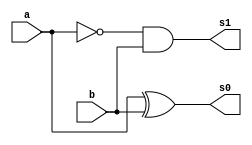
// ---------------------
// Guia 04 Ex 3 - Diferenca completa
// Nome: Alvaro Henrique
// ---------------------

// ---------------------
// --Half Substractor
// ---------------------

module meiadiferenca (s0, s1, a, b);

 output s0, s1;
 input  a, b;
 wire t1;
 
xor XOR1 (s0, a, b);
not NOT1 (t1, a);
and AND1 (s1, t1, b);
 
 endmodule //
 
// ---------------------
// -- Full Substractor
// ---------------------

module diferencacompleta(s0, s1, a, b, c);

wire t1,t2,t3;
output s0, s1;
input a, b, c;

meiadiferenca MD1 (t1, t2, a, b);
meiadiferenca MD2 (s0, t3, c, t1);
or OR1 (s1, t2 , t3);

endmodule //

// --------------------------
// -- test diferenca completa
// --------------------------

module testdiferencacompleta;
 reg   a, b, c;             
 wire  s0, s1;
          // instancia
 diferencacompleta DIFERENCACOMPLETA1 (s0, s1, a, b, c);

 initial begin:start
      a=0; b=0; c=0;
 end

          // parte principal
 initial begin:main
      $display("Guia 04 Ex 03 - Alvaro Henrique - 395487");
      $display("Diferenca completa");
      $display("\n c a b = s1 s0\n");
      $monitor(" %b %b %b = %b %b", c, a, b, s1, s0);
#1 a=0;b=1;c=0;
#1 a=1;b=0;c=0;
#1 a=1;b=1;c=0;
#1 a=0;b=0;c=1;
#1 a=0;b=1;c=1;
#1 a=1;b=0;c=1;
#1 a=1;b=1;c=1;
  
 end

endmodule //